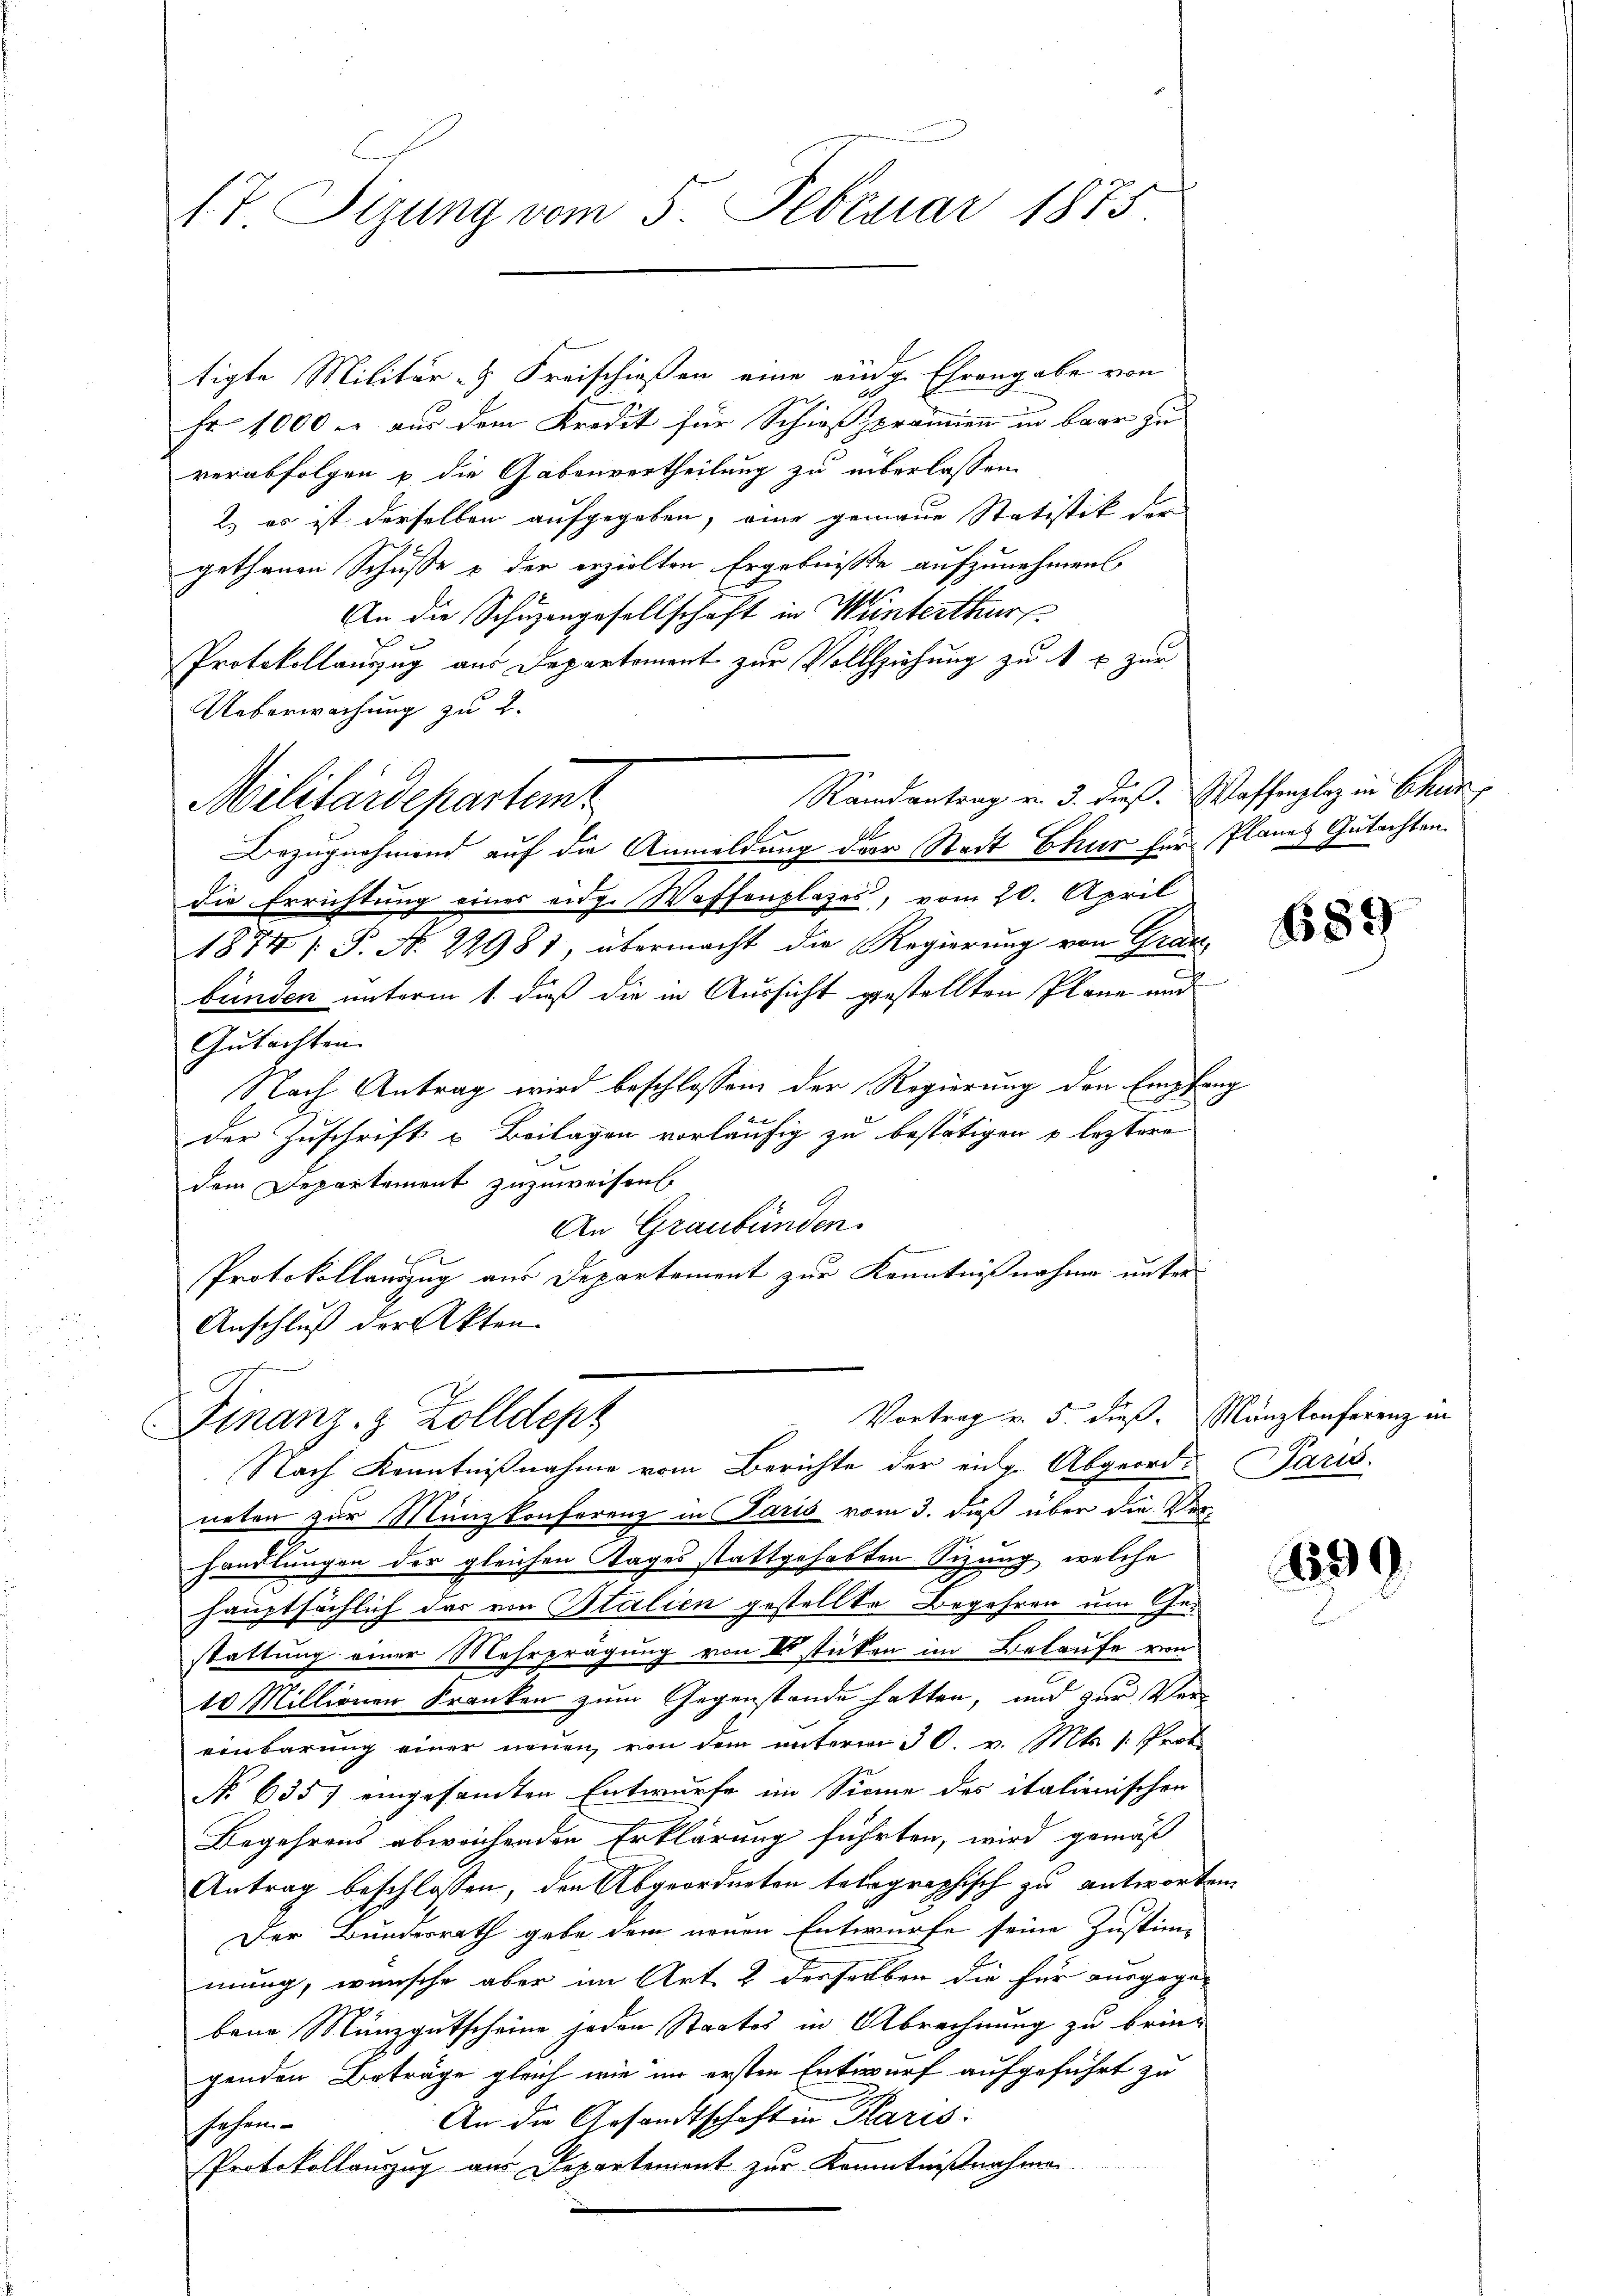
17 Tizung vom 5. Februar 1875.

tigte Militär- Freischießen eine eidge Ehrengabe von
Fr. 1000 u. aus dem Kredit für Schießprämien in baar zu
verabfolgen u die Gabouvertheilung zu überlassen.
2.) es ist derselben aufgegeben, eine gemaue Statistik der
gethanen Schüsse & der erzielten Ergebniße aufzunehmen
An die Schuzengesellschaft in Winterthur.
Protokollauszug aus Departement zur Vollziehung zu 1 l. zur
Ueberwachung zu 2.
Randantrag v. 3. dieß. Waffenplaz in Chur
Militärdepartemt
1.
Bezugnahmend auf die Anmeldung der Stadt Chur für Planes Gutachten.
die Errichtung eines eidg. Waffenplazes, vom 20. April
1874 /: P. N. 22981, übermacht die Regierung von Graz,
bünden unterm 1. dieß die in Aussicht gestellten Pläne und
Gutachten.
Nach Antrag wird beschlossen der Regierung den Empfang
der Zuschrift u. Beilagen vorläufig zu bestätigen u. leztere
dem Departement zuzuweisen.
An Graubünden.
n
Protokollauszug aus Departement zur Kenntnißnahme unter
Anschluß der Akten.
Vortrag v. 5. dieß, Manzkonferenz in
Finanz- & Zolldepz
Nach Kenntnißnahme vom Berichte der eidg. Abgeord- Paris
neten zur Münzkonferenz in Paris vom 3. dieß über die Ver-
handlungen der gleichen Tages stattgehabten Sizung, welche
hauptsächlich das von Italien gestellte Begehren um Gestattung einer Mehrprägung von II stücken im Belaufe von
10 Millionen Franken zum Gegenstande hatten, und zur Vereinbarung einer neuen, von dem unterm 30. v. Mts. 1. Prof.
No 6357 eingesamten Entwurfe im Sinne des italienischen
Begehrens abweichenden Erklärung führten, wird gemäß
Antrag beschlossen, den Abgeordneten telegraphisch zu antworten
Der Bundesrath gebe dem neuen Entwurfe seine Justim-
mung, wünsche aber im Art. 2 derselben die für ausgegebene Münzgutscheine jeden Staates in Abrechnung zu bringenden Beträge gleich wie im ersten Entwurf aufgeführt zu
An die Gesandtschaft in Paris
sehen.
Protokollauszug aus Departement zur Kenntnißnahmen

689

39.